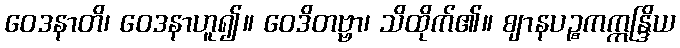
ဝေဒနာတိ၊ ဝေဒနာဟူ၍။ ဝေဒိတဗ္ဗာ၊ သိထိုက်၏။ ဈာနပဉ္စကဣန္ဒြိယ